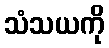
သံသယကို